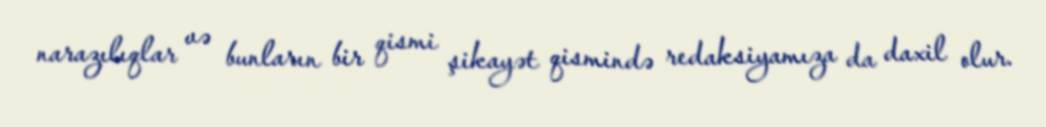
narazılıqlar və bunların bir qismi şikayət qismində redaksiyamıza da daxil olur.